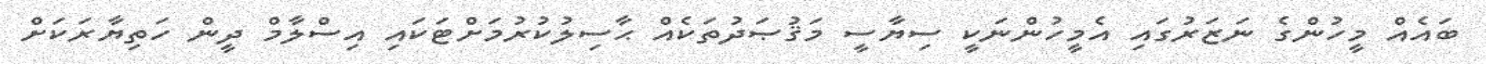
ބައެއް މީހުންގެ ނަޒަރުގައި އެމީހުންނަކީ ސިޔާސީ މަޤުޞަދުތަކެއް ޙާސިލުކުރުމަށްޓަކައި އިސްލާމް ދީން ހަތިޔާރަކަށް